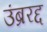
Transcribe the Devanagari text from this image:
उंब्ररद्द